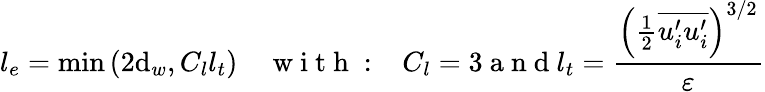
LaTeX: l_{e}=\operatorname*{min}\left(2\mathrm{d}_{w},C_{l}l_{t}\right)\quad\mathrm{{~w~i~t~h~:~}}\; \; C_{l}=3\mathrm{{~a~n~\mathrm{d}~}}l_{t}=\frac{{{\left(\frac{{1}}{{2}}\overline{{{u_{i}^{\prime}u_{i}^{\prime}}}}\right)}^{3/2}}}{{\varepsilon}}